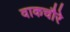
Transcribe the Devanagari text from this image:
वाकचौरे